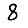
Digit: 8